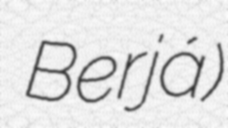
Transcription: बेरजा Berjá)